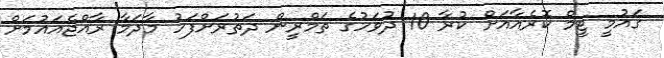
ގައުމީ ޓީމް ކޮރެއާއަށް ކުރާ 10 ދުވަހުގެ ތަމްރީން ދަތުރަށްފަހު މާދަމާ ރާއްޖެއައުމަށް